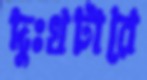
দুঃখটারে